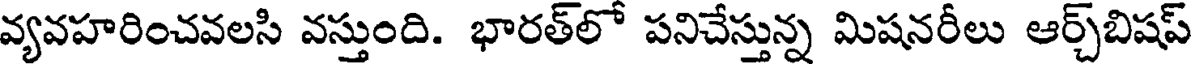
వ్యవహరించవలసి వస్తుంది. భారత్లో పనిచేస్తున్న మిషనరీలు ఆర్చ్బిషప్